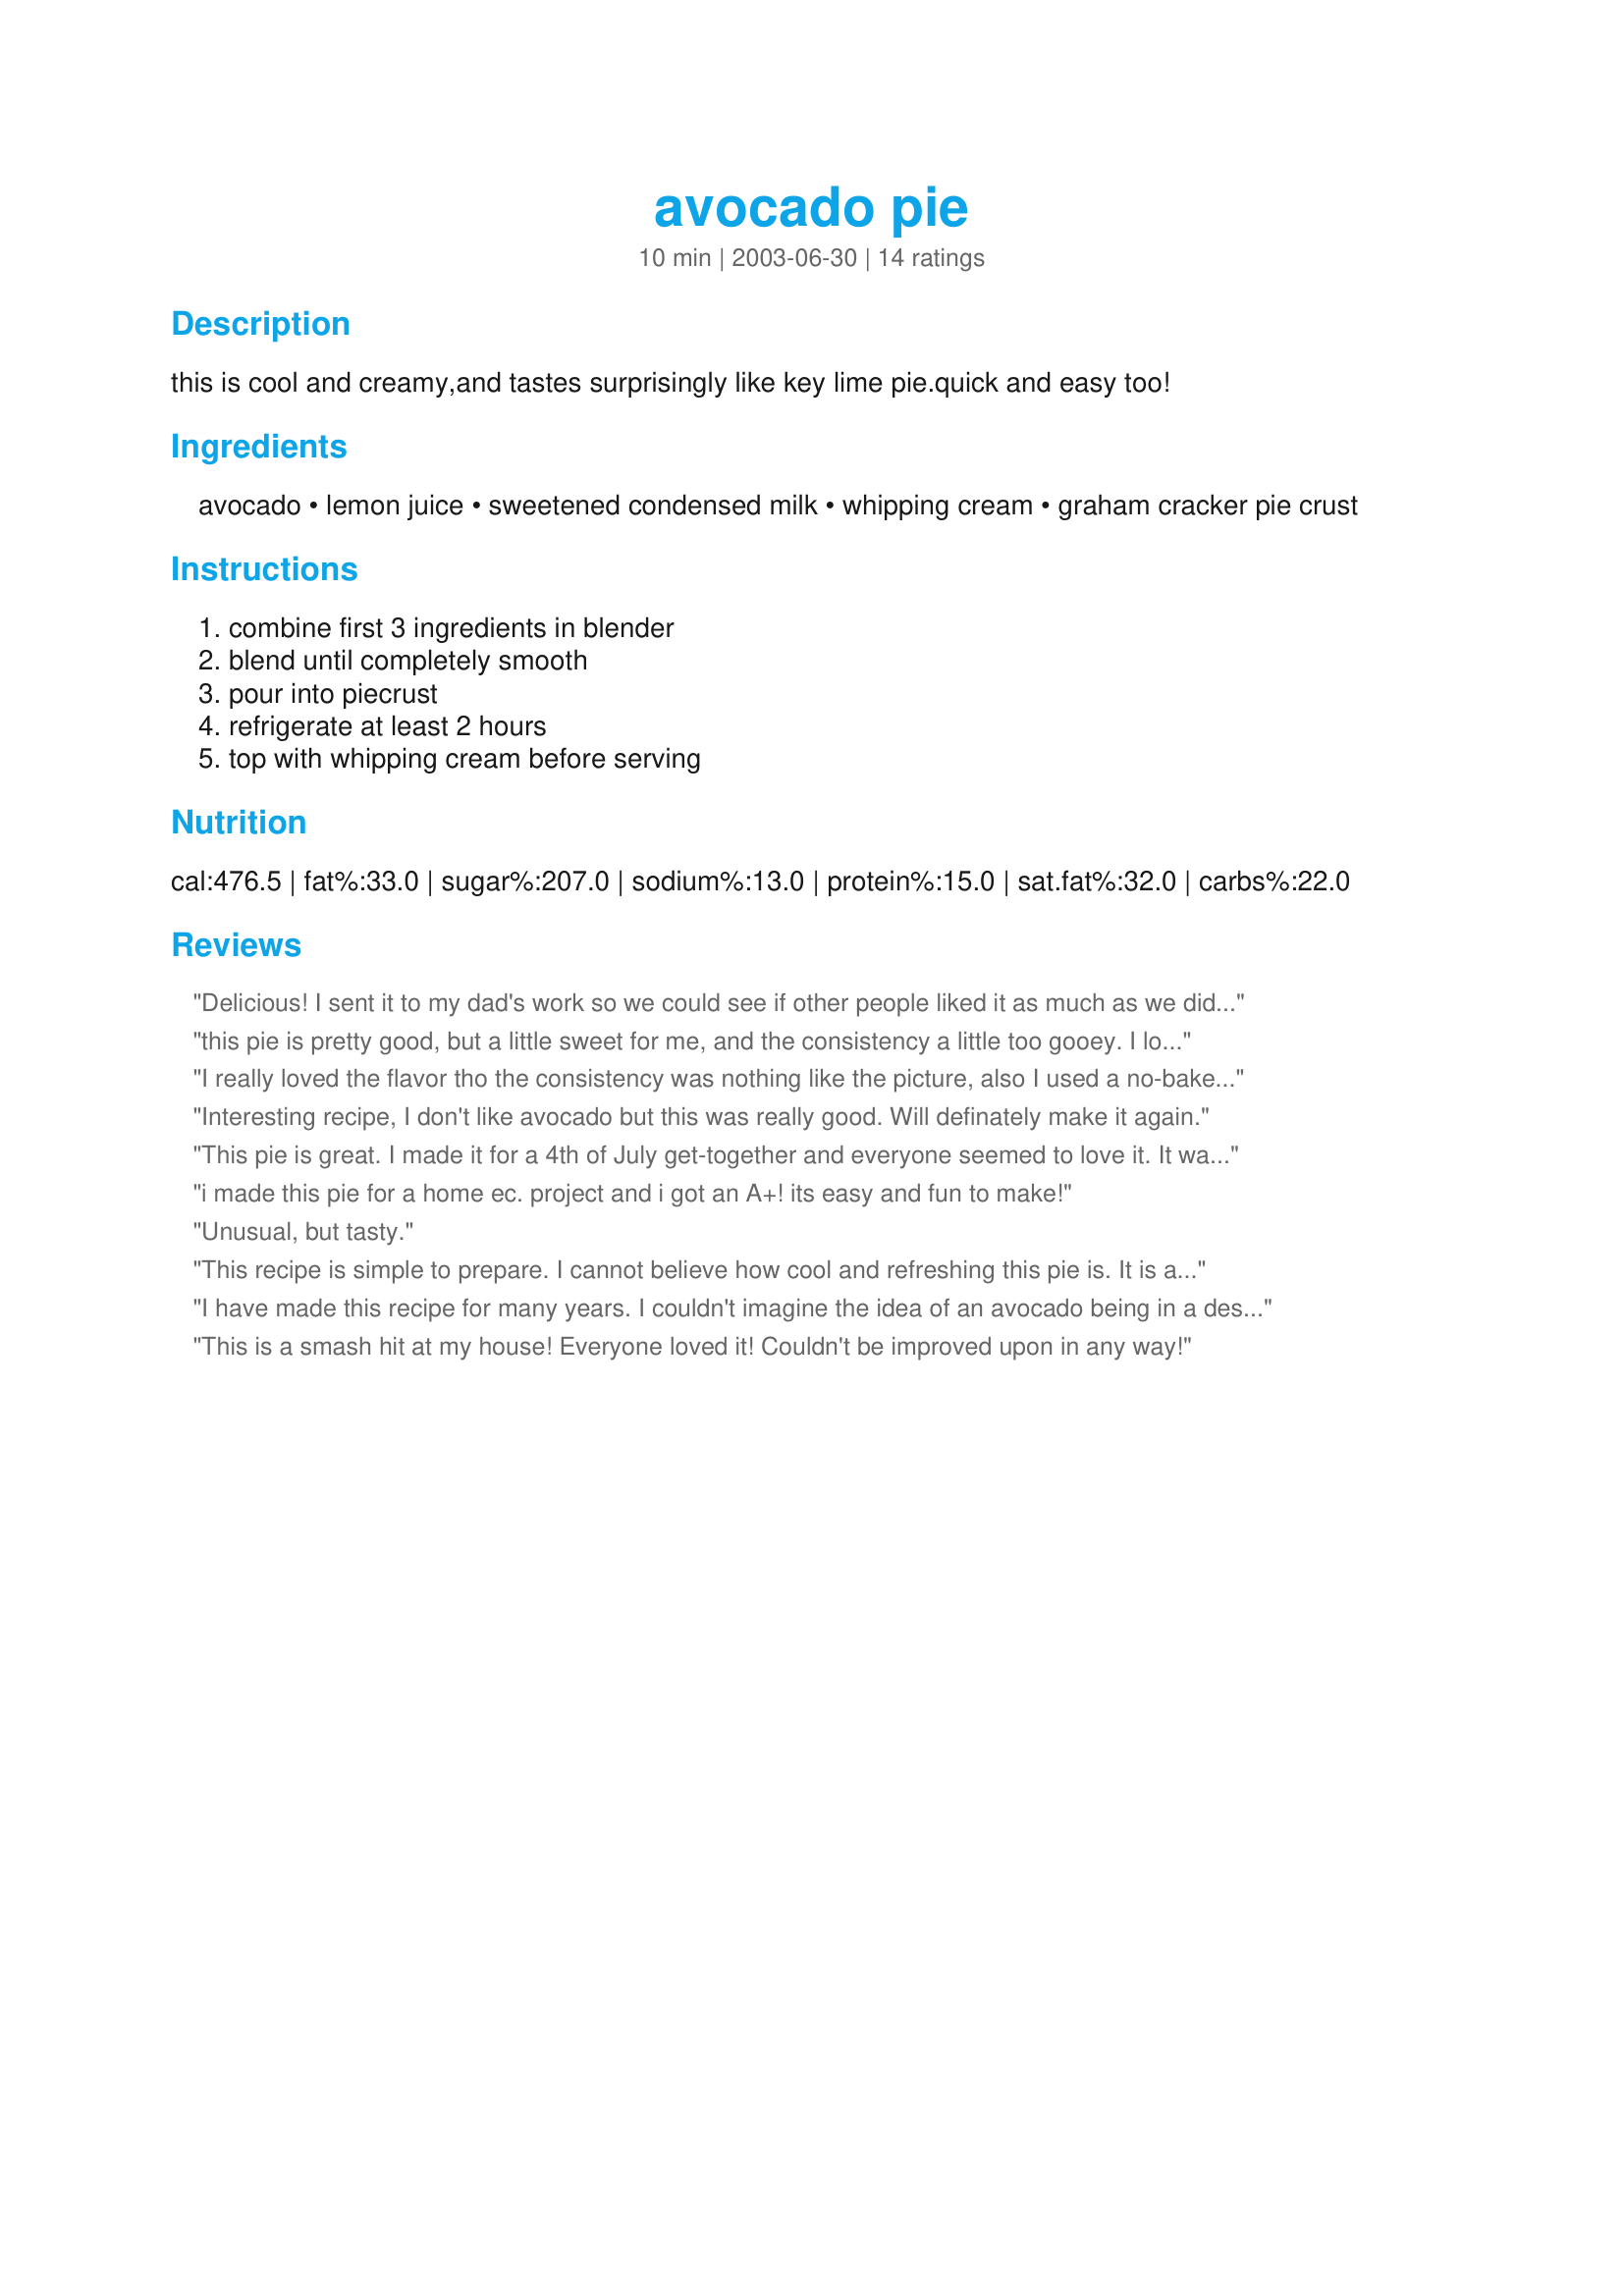
avocado pie
Preparation time: 10 minutes

this is cool and creamy,and tastes surprisingly like key lime pie.quick and easy too!

Ingredients:
avocado, lemon juice, sweetened condensed milk, whipping cream, graham cracker pie crust

Steps:
combine first 3 ingredients in blender, blend until completely smooth, pour into piecrust, refrigerate at least 2 hours, top with whipping cream before serving

Reviews:
Delicious! I sent it to my dad's work so we could see if other people liked it as much as we did. Dad came home and said that we had to send the recipe back to work with him! This is going to be a good recipe for my crop report at school. It's a keeper!
this pie is pretty good, but a little sweet for me, and the consistency a little too gooey. I love the flavor of the avocado and lime, though. I'd like to try it with some unsweetened geletin to firm up the consitency
I really loved the flavor tho the consistency was nothing like the picture, also I used a no-bake graham crust recipe for this... I should have bake the crust &#039;cause it was crumbling on my plate but that was my mistake, I will surely do this recipe again... with a baked crust this time
Interesting recipe, I don't like avocado but this was really good. Will definately make it again.
This pie is great. I made it for a 4th of July get-together and everyone seemed to love it. It was very quick to throw together. I used lime juice, and topped the whole thing with Lite Cool Whip. It is very similar to Key Lime Pie. Next time I will try to get the avocado flavor to be a little more pronounced, maybe a different type of avocado or throw two in or something.
i made this pie for a home ec. project and i got an A+! its easy and fun to make!
Unusual, but tasty.
This recipe is simple to prepare. I cannot believe how cool and refreshing this pie is. It is a bit rich for me, but a tasty treat none the less. I think this would make a great take to work dish. Make your coworkers guess what is in it. Thank you for sharing this delicious unusual recipe.
I have made this recipe for many years. I couldn't imagine the idea of an avocado being in a dessert, but once I had it, I realized it was wonderfully rich and delicious and so very easy!!
This is a smash hit at my house! Everyone loved it! Couldn't be improved upon in any way!
When I made this pie I wasn't sure that anyone in my household was going to like it, but to my surprise they love this pie and keep asking me to make more and more. Thank you for this recipe. By the way I enjoy making it and eating it. Everyone this is so easy to make and so delicious.
This was so cool! I just loved telling people I made avocado pie! One of my friends said it reminded her of kiwi. The others said key lime - only better. Thanks for such an inventive recipe. We really enjoyed this.
I must admit that despite the good reviews, I was skeptical about this recipe. However, it was fantastic. I substituted crushed arrowroot biscuits with melted butter and a bit of mild for the graham cracker crust (can't get that here!) and only used half a can of the sweetened condensed milk. It was lemony, creamy, sweet and seriously rich!
We have an avocado tree and I was looking for recipes to use them up. Boy, am I glad that I found this one!! Well, maybe not so glad - I normally don't eat many desserts, but this is Outrageously good. Not too sweet. Perfect.
